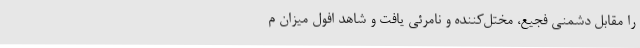
را مقابل دشمنی فجیع، مختل‌کننده و نامرئی یافت و شاهد افول میزان م